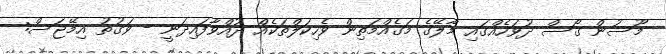
މޫސުން ގޯސް ދުވަހެއްގައި މާލޭގެ މަގެއްމަތިން ވެހިކަލްތަކެއް ދުއްވާފައިދަނީ - ވަގުތު އިމޭޖަސް: